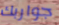
جواربك